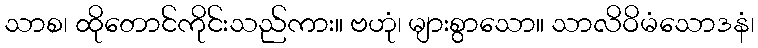
သာစ၊ ထိုတောင်ကိုင်းသည်ကား။ ဗဟုံ၊ များစွာသော။ သာလိဝိမံသောဒနံ၊